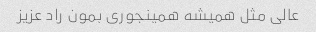
عالی مثل همیشه همینجوری بمون راد عزیز